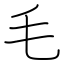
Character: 毛